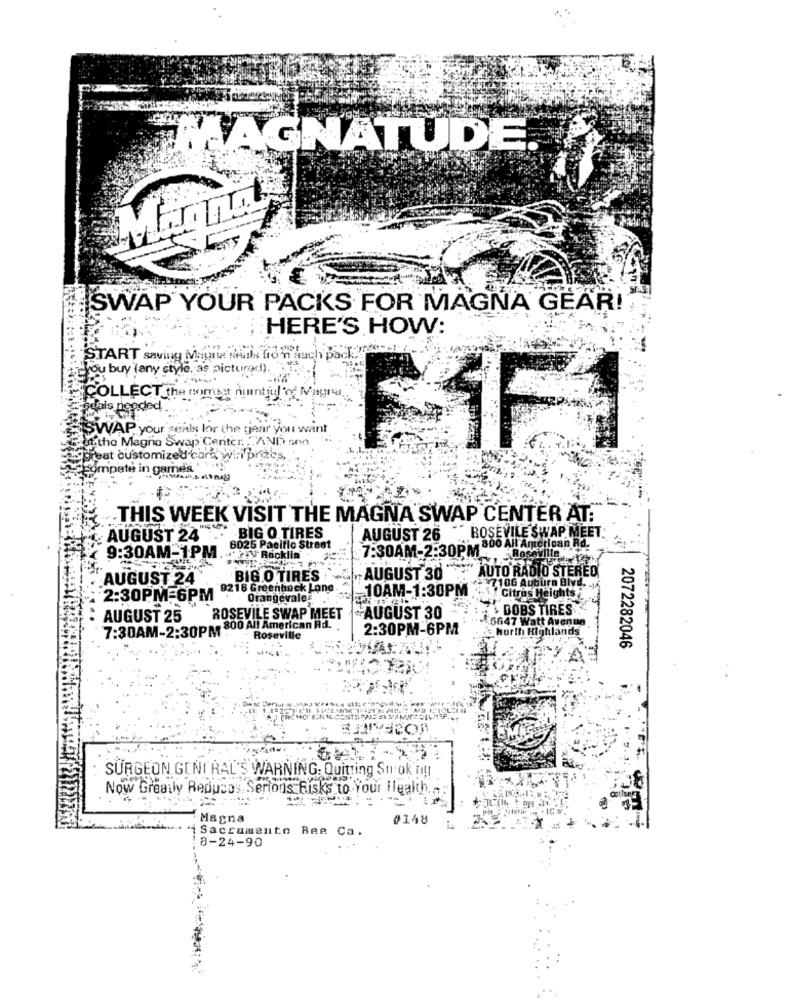
MAGNATUDE.
Mand
SWAP YOUR PACKS FOR MAGNA GEAR!
HERE'S HOW:
START saving Magne seuls fro'n auch pack ?!
"you buy (any style, as pictured).
COLLECT the comet
nt jul"of Magre
needed
SWAP your's
als lor the gear you want
L.the Magne Swap Center. ""AND ono
reat customized bare
FIF
e in games
.THIS WEEK VISIT THE MAGNA SWAP CENTER AT.
" AUGUST 24
BIG O TIRES
AUGUST 26
BOSEVILE SWAP MEET.
9:30AM-1PM.
6025 Pacific Street
800 All American Rd.
- Racklin
7:30AM-2:30PM -Roseville 14
AUGUST 24
BIG.O TIRES
. AUGUST 30"
AUTO RADIO STEREO
7106 Auburn Blvd
2:30PM-6PM 9216 Greenback Lone.
10AM-1:30PM
Orangevale
!Citrus Heights
DOBS TIRES
AUGUST 25
ROSEVILE SWAP MEET AUGUST 30
1 5647 Watt Avenue
7:30AM-2:30PM 800 All American Rd.
2:30PM-6PM
North Highlands
Roseville
2072282046
SURGEON GONI RAL'S WARNING: Quitting Snok n !!!
Now Greatly Reduces Serions Risks to Your Health. ..
Magna
0148
i Sacramento Bee Ca.
8-24-90